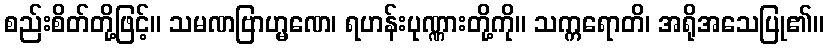
စည်းစိတ်တို့ဖြင့်။ သမဏဗြာဟ္မဏေ၊ ရဟန်းပုဏ္ဏားတို့ကို။ သက္ကရောတိ၊ အရိုအသေပြု၏။